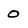
Character: O